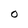
Character: 0